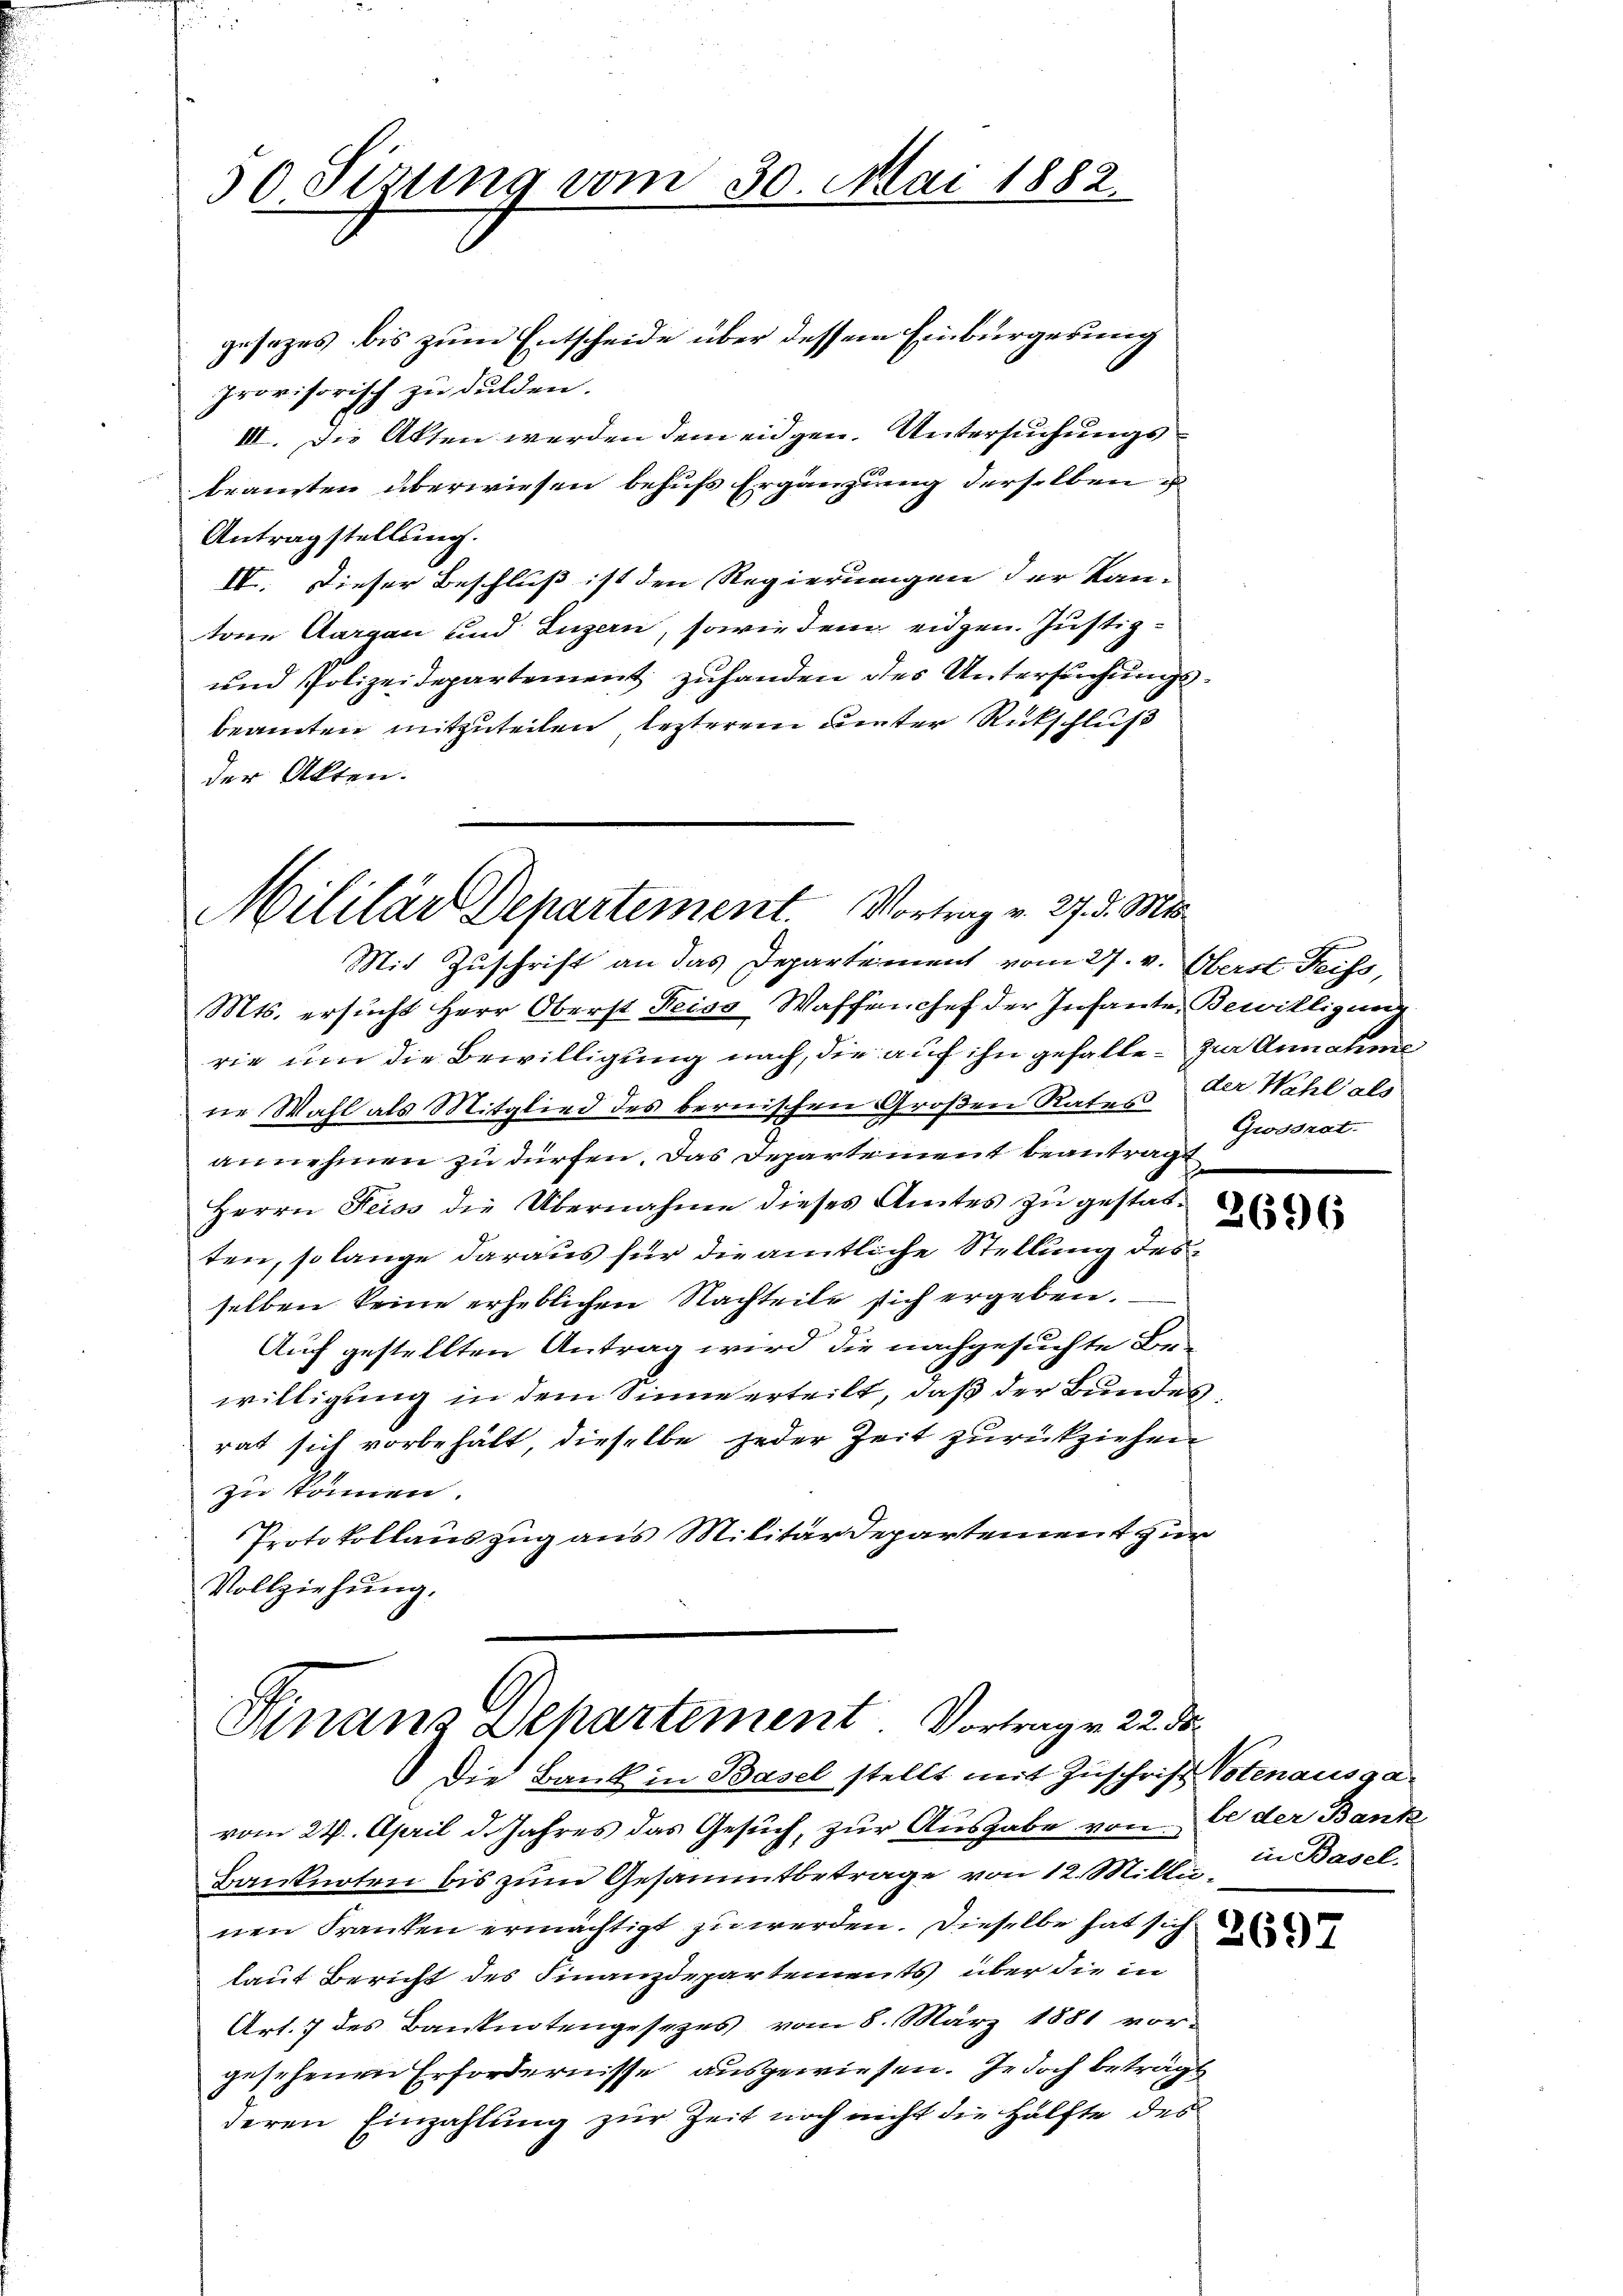
gesezes bis zum Entscheide über dessen Einbürgerung
provisorisch zu dulden.
III. Die Akten werden dem eidgen. Untersuchungs
beamten überwiesen behufs Ergänzung derselben
Antragstellung.
IV. Dieser Beschluß ist den Regierungen der Kan-
tone Aargau und Luzern, sowie dem eidgen. Justiz¬
und Polizeidepartement zuhanden des Untersuchungsbeamten mitzuteilen letzterem unter Rückschluß
der Akten.

30 Sisung vom 30. Mai 1882.

Mililär Departement. Vortrag v. 27. d. Mts.
Mit Zuschrift an das Departement vom 27. v. Oberst Freiss,

Mts. ersucht Herr Oberst Reiss Waffenchef der Infante, Bewilligung
rie um die Bewilligung nach, die auf ihn gefalle zur Annahme
ne Wahl als Mitglied des bernischen Großen Rates der Wahl als
annehmen zu dürfen. Das Departement beantragt
Herrn Seiss die Übernahme dieses Amtes zu gestatten, so lange daraus für die amtliche Stellung desselben keine erheblichen Nachteile sich ergeben.
Auch gestellten Antrag wird die nachgesuchte Be-
willigung in dem Sinne erteilt, daß der Bundes
rat sich vorbehält, dieselbe jeder Zeit zurückziehen
zu können.
Protokollauszug aus Militärdepartement zur
Vollziehung.

Hinanz Departement. Vortrage 22.
Die Bank in Basel stellt mit Zuschrift Votenausga¬

Grossrat

vom 24. April d. Jahres das Gesuch, zur Ausgabe von be der Bank
Banknoten bis zum Gesammtbetrage von 12. Milli, in Basel,
nen Franken ermächtigt zu werden. Dieselbe hat sich
laut Bericht des Finanzdepartements über die in
Art. 7 des Banknotengesezes vom 8. März 1881 vor-
gesehenen Erfordernisse ausgewiesen. Jedoch beträgt
deren Einzahlung zur Zeit noch nicht die Hälfte des

2696

.

2697